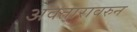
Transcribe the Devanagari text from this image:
अवतारावरुन